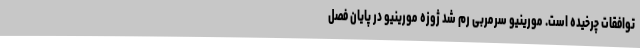
توافقات چرخیده است. مورینیو سرمربی رم شد ژوزه مورینیو در پایان فصل